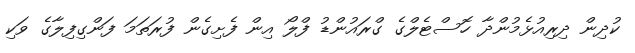
ކުދިން ދިރިއުޅެމުންދާ ހޮސްޓެލްގެ ގްރައުންޑު ފްލޯ އިން ފެށިގެން ފުރަތަމަ ފަންގިފިލާގެ ވަކި